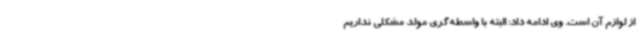
از لوازم آن است. وی ادامه داد: البته با واسطه‌گری مولد مشکلی نداریم